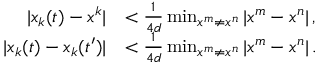
\begin{array} { r l } { | x _ { k } ( t ) - x ^ { k } | } & { < \frac { 1 } { 4 d } \operatorname* { m i n } _ { x ^ { m } \neq x ^ { n } } | x ^ { m } - x ^ { n } | \, , } \\ { | x _ { k } ( t ) - x _ { k } ( t ^ { \prime } ) | } & { < \frac { 1 } { 4 d } \operatorname* { m i n } _ { x ^ { m } \neq x ^ { n } } | x ^ { m } - x ^ { n } | \, . } \end{array}